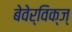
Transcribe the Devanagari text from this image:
बेवेर्विक्ज्